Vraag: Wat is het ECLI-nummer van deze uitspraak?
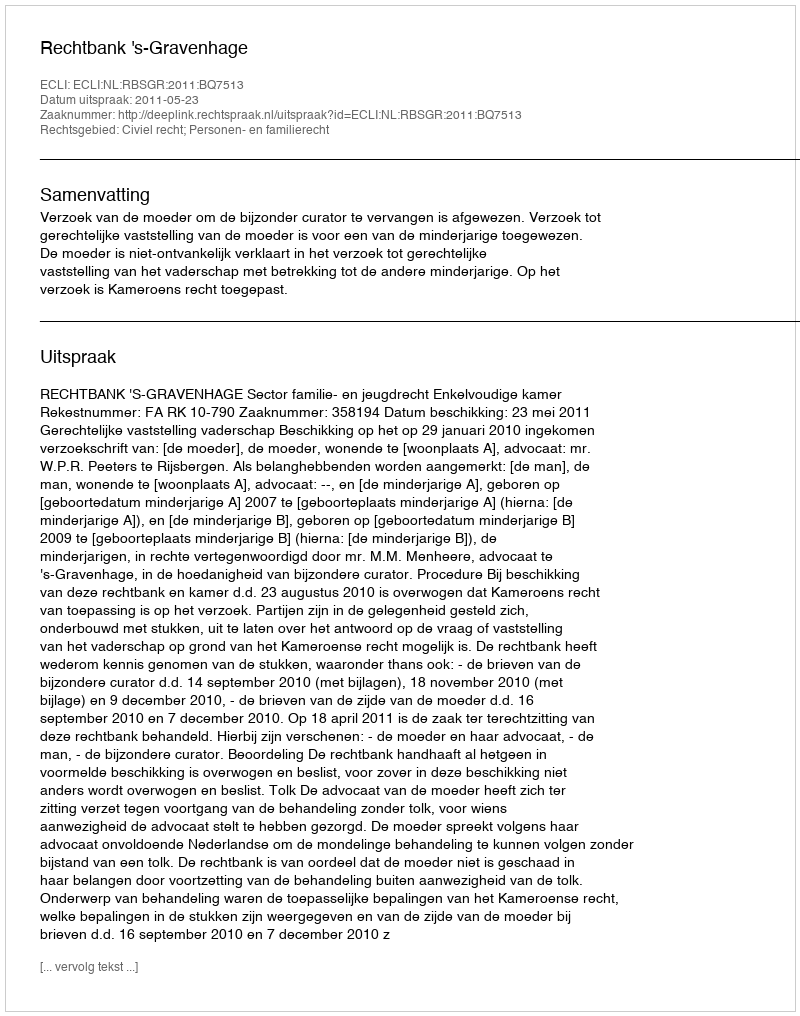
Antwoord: ECLI:NL:RBSGR:2011:BQ7513